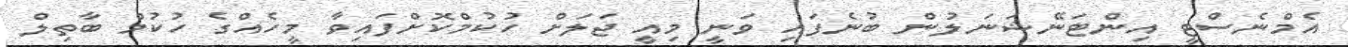
އެމްނެސްޓީ އިންޓަނޭޝަނަލުން ބުނެފައި ވަނީ މިއީ ޖަލަށް ހުކުމްކޮށްފައިވާ މީހެއްގެ ހުކުމް ބާތިލް